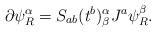
LaTeX: \begin{align*}\partial\psi^\alpha_R=S_{ab}(t^b)^\alpha_\beta J^a\psi^\beta_R .\end{align*}